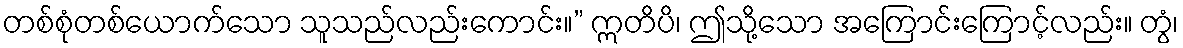
တစ်စုံတစ်ယောက်သော သူသည်လည်းကောင်း။” ဣတိပိ၊ ဤသို့သော အကြောင်းကြောင့်လည်း။ တွံ၊